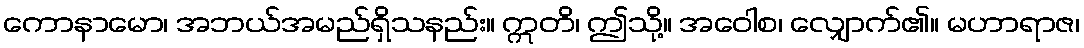
ကောနာမော၊ အဘယ်အမည်ရှိသနည်း။ ဣတိ၊ ဤသို့။ အဝေါစ၊ လျှောက်၏။ မဟာရာဇ၊